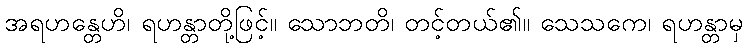
အရဟန္တေဟိ၊ ရဟန္တာတို့ဖြင့်။ သောဘတိ၊ တင့်တယ်၏။ သေသကေ၊ ရဟန္တာမှ